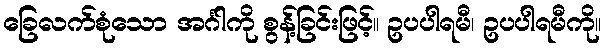
ခြေလက်စုံသော အင်္ဂါကို စွန့်ခြင်းဖြင့်။ ဥပပါရမီ၊ ဥပပါရမီကို။